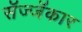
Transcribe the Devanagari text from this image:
सॅज्जॅकार